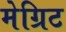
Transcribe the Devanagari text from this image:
मेग्रिट